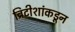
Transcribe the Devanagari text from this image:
ब्रिटीशांकडून